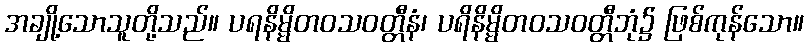
အချို့သောသူတို့သည်။ ပရနိမ္မိတဝသဝတ္တီနံ၊ ပရိနိမ္မိတဝသဝတ္တီဘုံ၌ ဖြစ်ကုန်သော။